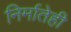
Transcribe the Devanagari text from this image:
निर्मातेही